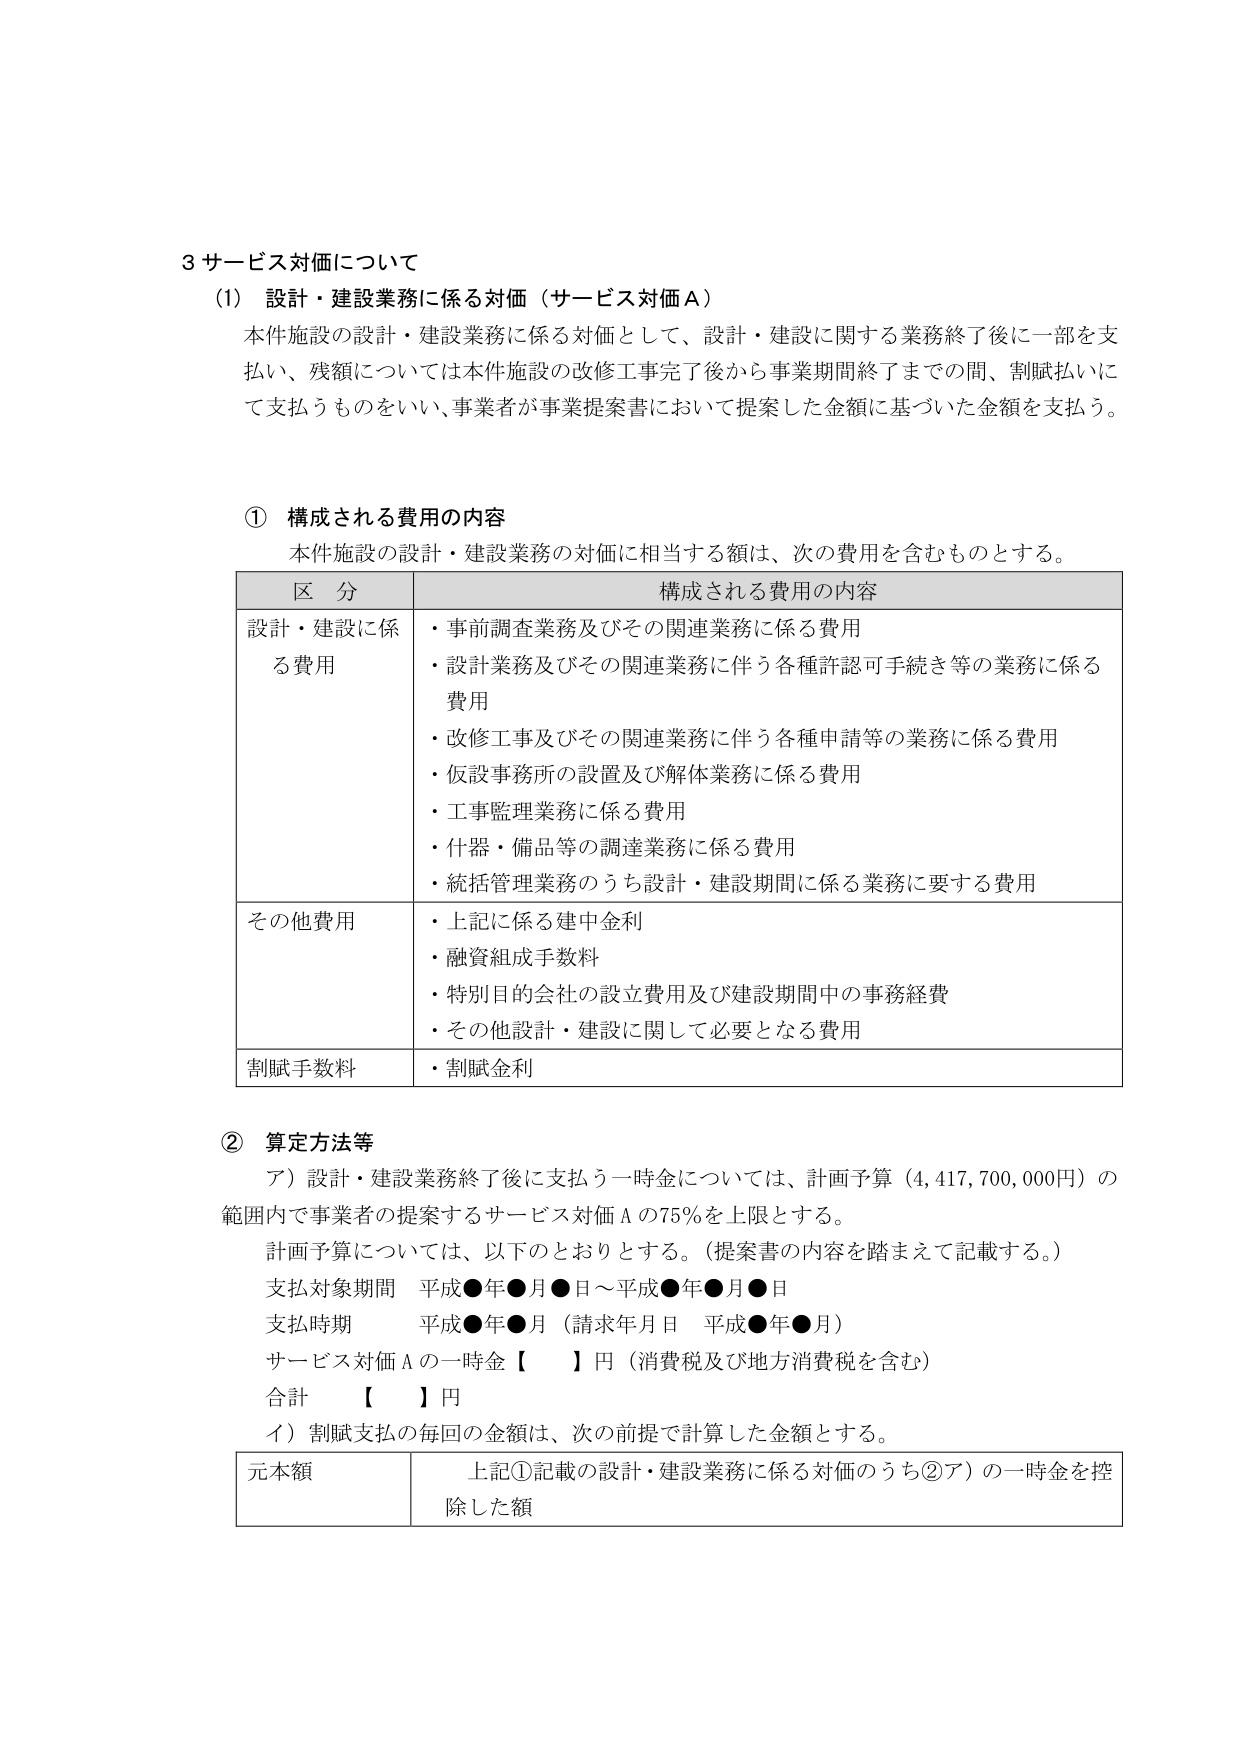
3 サービス対価について
(1) 設計・建設業務に係る対価（サービス対価A）
本件施設の設計・建設業務に係る対価として、設計・建設に関する業務終了後に一部を支払い、残額については本件施設の改修工事完了後から事業期間終了までの間、割賦払いにて支払うものをいい、事業者が事業提案書において提案した金額に基づいた金額を支払う。

① 構成される費用の内容
本件施設の設計・建設業務の対価に相当する額は、次の費用を含むものとする。

| 区分 | 構成される費用の内容 |
|------|----------------------|
| 設計・建設に係る費用 | ・事前調査業務及びその関連業務に係る費用<br>・設計業務及びその関連業務に伴う各種許認可手続き等の業務に係る費用<br>・改修工事及びその関連業務に伴う各種申請等の業務に係る費用<br>・仮設事務所の設置及び解体業務に係る費用<br>・工事監理業務に係る費用<br>・什器・備品等の調達業務に係る費用<br>・統括管理業務のうち設計・建設期間に係る業務に要する費用 |
| その他費用 | ・上記に係る建中金利<br>・融資組成手数料<br>・特別目的会社の設立費用及び建設期間中の事務経費<br>・その他設計・建設に関して必要となる費用 |
| 割賦手数料 | ・割賦金利 |

② 算定方法等
ア）設計・建設業務終了後に支払う一時金については、計画予算（4,417,700,000円）の範囲内で事業者の提案するサービス対価Aの75％を上限とする。
計画予算については、以下のとおりとする。（提案書の内容を踏まえて記載する。）
支払対象期間 平成●年●月●日～平成●年●月●日
支払時期 平成●年●月（請求年月日 平成●年●月）
サービス対価Aの一時金【 】円（消費税及び地方消費税を含む）
合計 【 】円
イ）割賦支払の毎回の金額は、次の前提で計算した金額とする。

| 元本額 | 上記①記載の設計・建設業務に係る対価のうち②ア）の一時金を控除した額 |